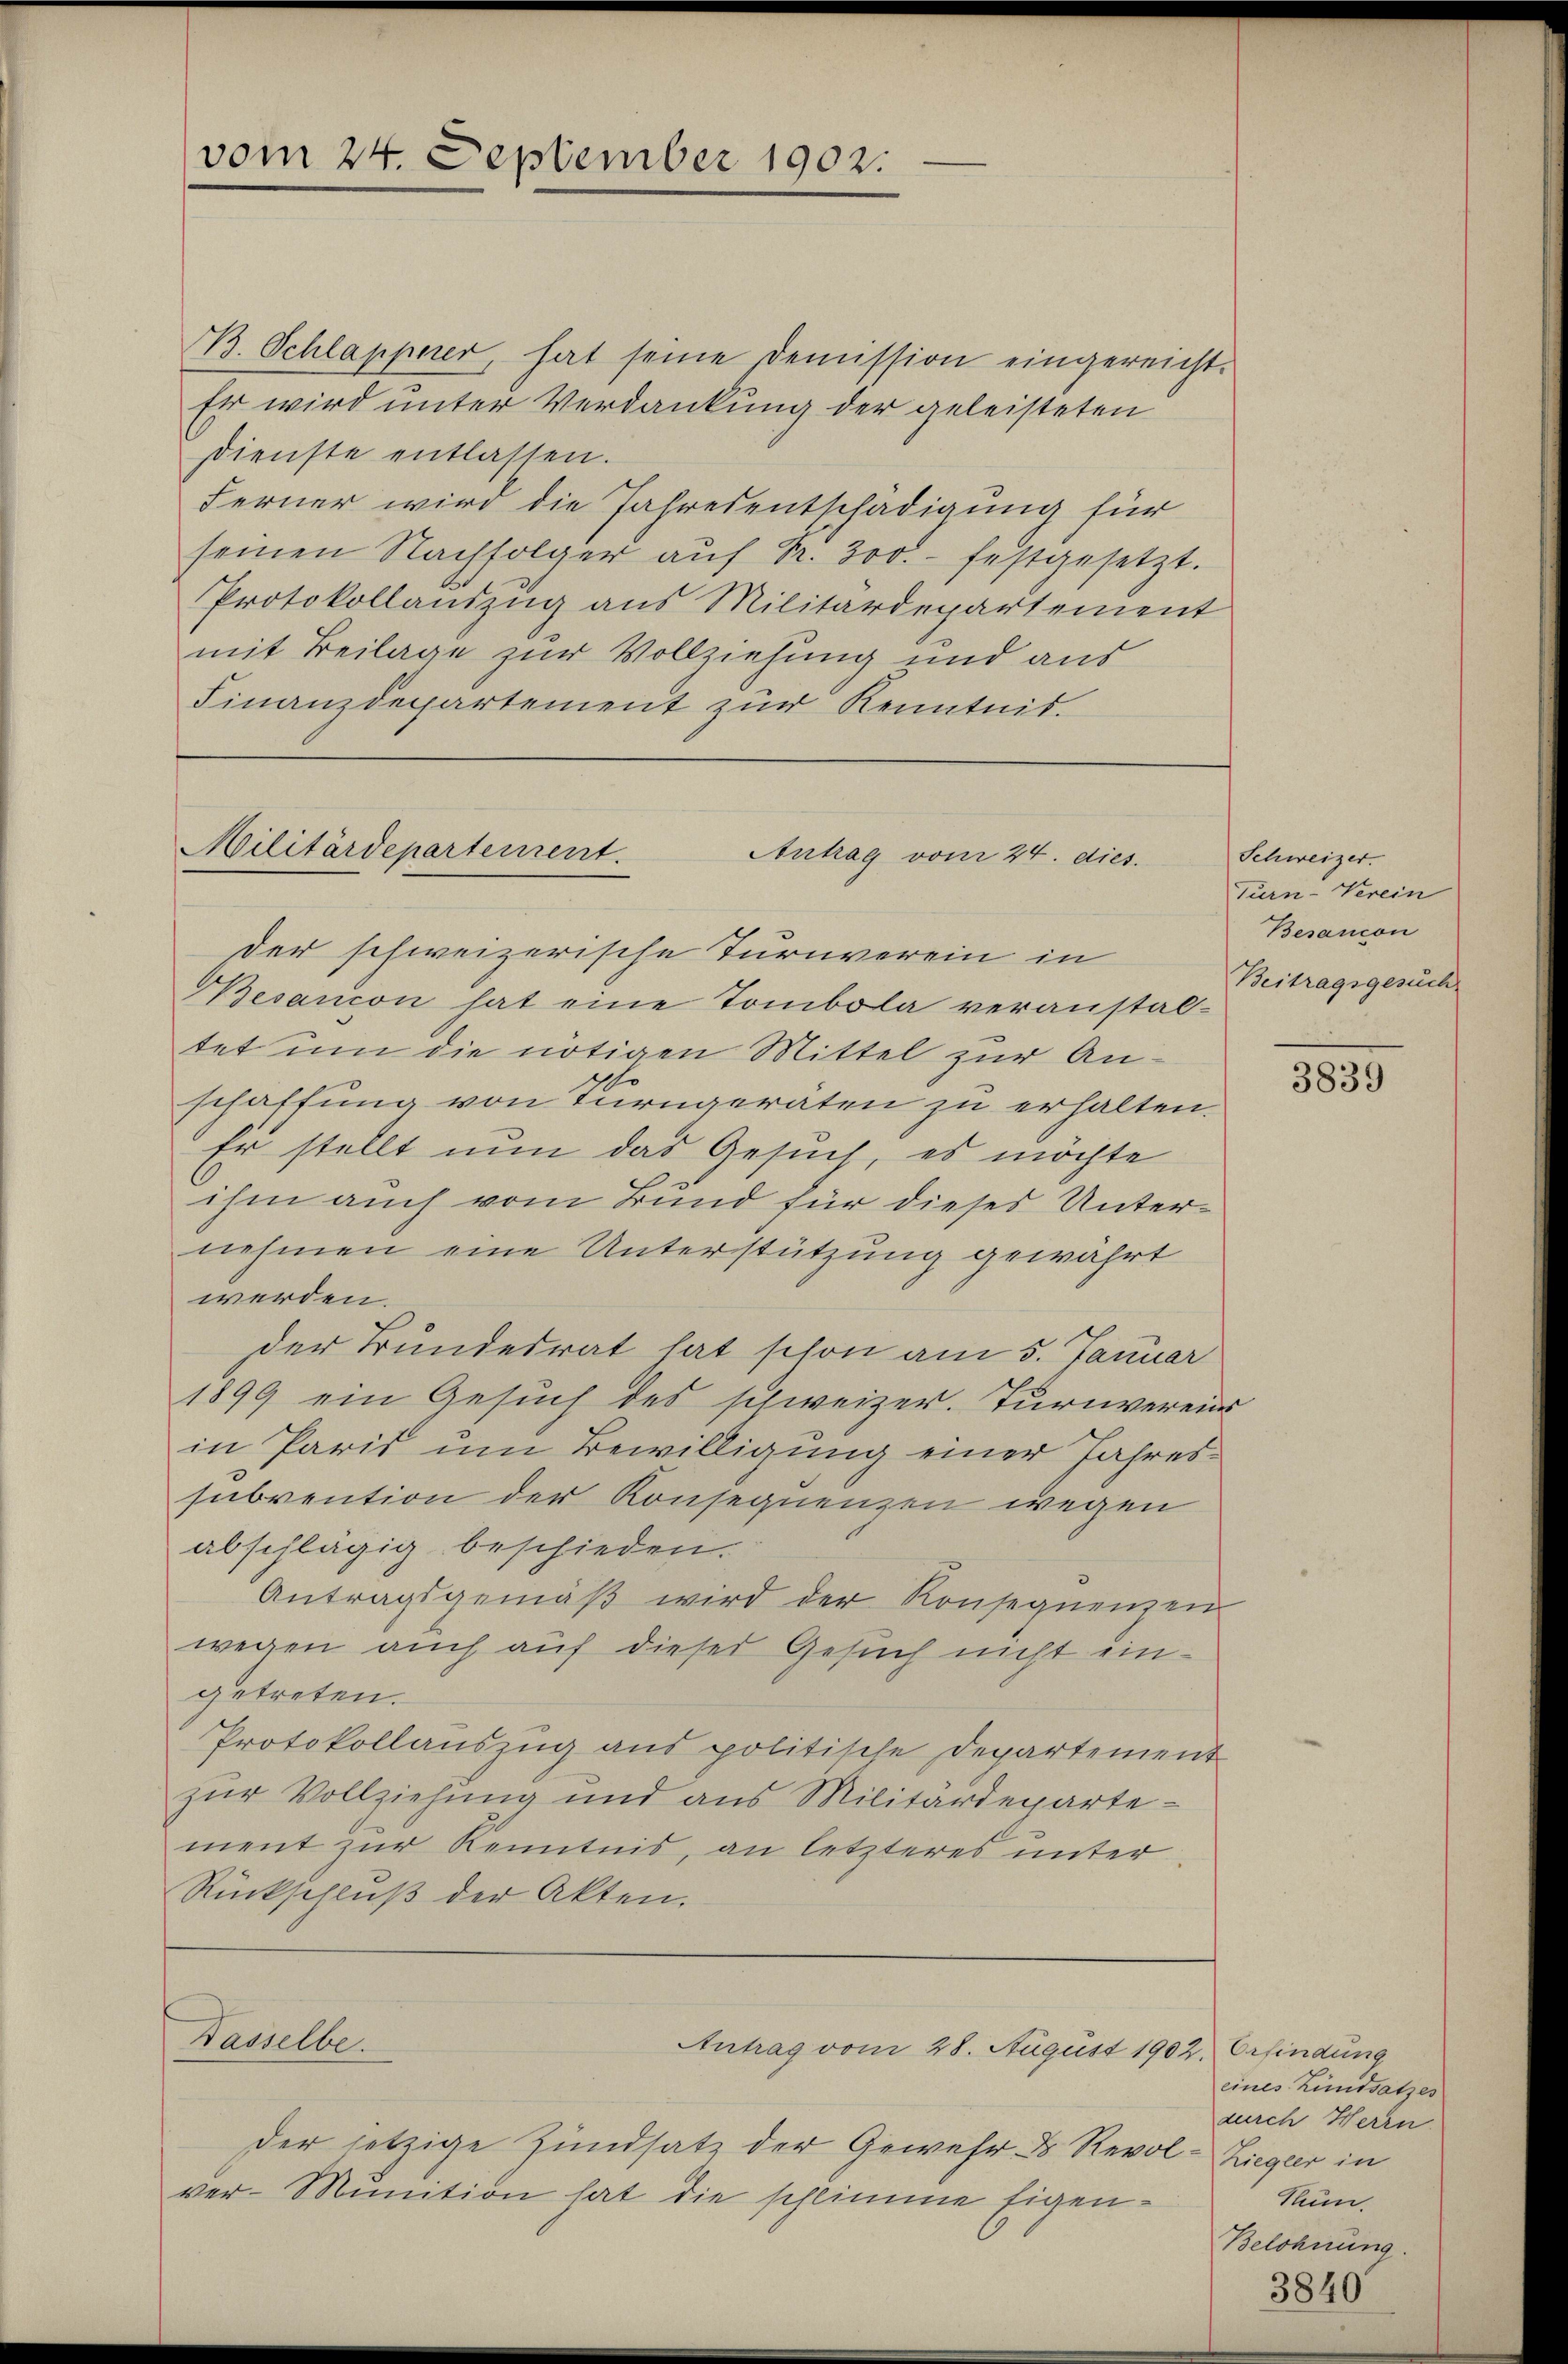
vom 24. September 1902.

B. Schlapperer, hat seine Demission eingereicht.
Er wird unter Verdankung der geleisteten
Dienste entlassen.
Ferner wird die Jahresentschädigung für
seinen Nachfolger aŭf Nr. 300.- festgesetzt.
Protokollauszug aus Militärdepartement
mit Beilage zur Vollziehung und aus
Finanzdepartement zur Kenntnis.

Militärdepartement.
Antrag vom 24. dies
der schweizerische Turnverein in

Dasselbe.

Gesancon hat eine Tombola veranstaltet um die nötigen Mittel zur Anschaffung von Turngeraten zu erhalten.
Er stellt nun das Gesuch, es möchte
ihm auch vom Bund für dieses Unternehmen eine Unterstützung gewahrt
werden.
der Bundesrat hat schon am 5. Januar
1899 ein Gesuch des schweizer. Turnvereins
in Paris um Bewilligung einer Jahressubvention der Konsequenzen wegen
abschlägig beschieden.
Antragsgemäβ wird der Konsequenzen
wegen auch auf dieser Gesuch nicht eingetreten.
Protokollauszug aus politische Departement
zur Vollziehung und aus Militärdepartement zur Kenntnis, an letzteres unter
Rückschluß der Akten.

Antrag vom 28. August 1902. Erfindung

der jetzige Zundsatz der Gewehr d Revol-Lieger in
ver-Munition hat die schlimme Eigen¬

Schweizer
Turn-Verein
Besancon
Beitragsgesuch

3839

eines Kindsatzes
durch Herrn.
Num.
Belohnung.

3840